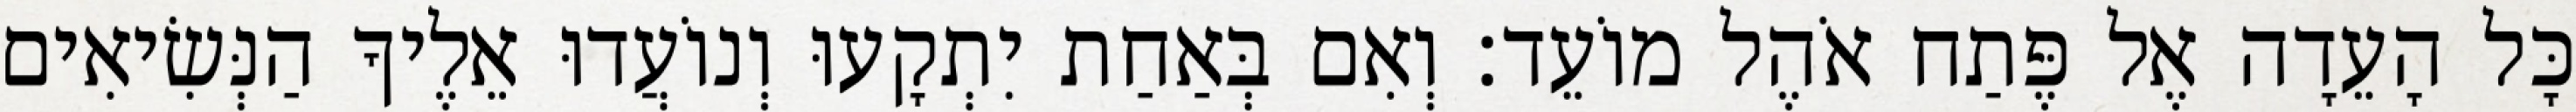
כָּל הָעֵדָה אֶל פֶּתַח אֹהֶל מוֹעֵד׃ וְאִם בְּאַחַת יִתְקָעוּ וְנוֹעֲדוּ אֵלֶיךָ הַנְּשִׂיאִים